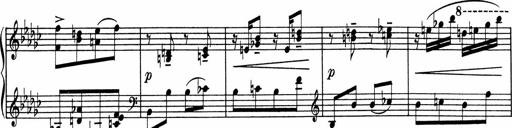
Title: Sonatine pour piano
Composer: Albert Roussel